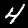
Label: 4